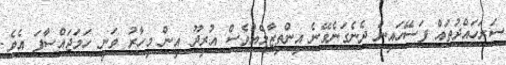
ސަރަހައްދުތައް ފަސޭހައިން ދެނެގަނެވޭނެ އިންތިޒާމެއްވެސް އުރީދޫ އިން މިހާރު ވަނީ ހަމަޖައްސާފަ އެވެ.